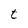
Character: t